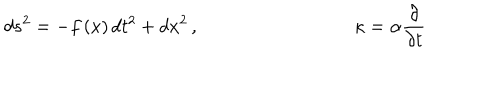
LaTeX: d s ^ { 2 } = - f \left( x \right) d t ^ { 2 } + d x ^ { 2 } \, , \, \, \kappa = \alpha \frac { \partial } { \partial t }